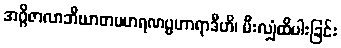
အဂ္ဂိဇာလာဘိဃာတပဟရဏပ္ပဟာရာဒီဟိ၊ မီးလျှံထိပါးခြင်း